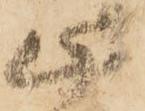
此